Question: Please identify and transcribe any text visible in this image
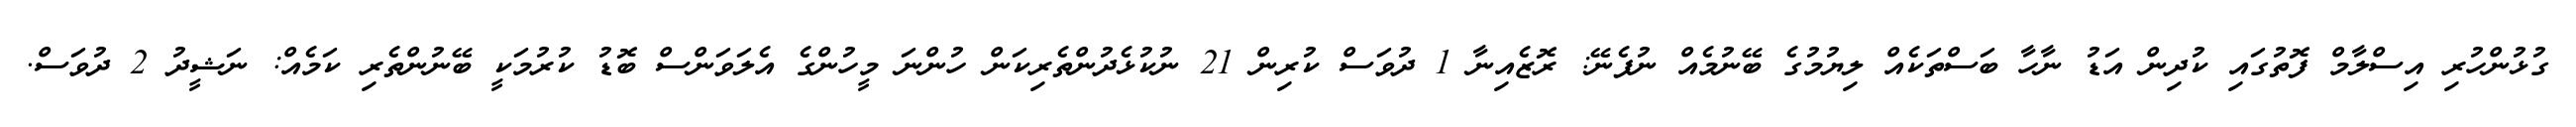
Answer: ގުޅުންހުރި އިސްލާމް ފޮތުގައި ކުދިން އަޑު ނާހާ ބަސްތަކެއް ލިޔުމުގެ ބޭނުމެއް ނުފެނޭ: ރޮޒެއިނާ 1 ދުވަސް ކުރިން 21 ނުކުޅެދުންތެރިކަން ހުންނަ މީހުންގެ އެލަވަންސް ބޮޑު ކުރުމަކީ ބޭނުންތެރި ކަމެއް: ނަޝީދު 2 ދުވަސް.